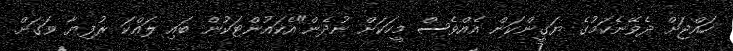
ހައްޖަށް ދެވޭނެކަމުގެ ޔަގީންކަން އެއްވެސް މީހަކަށް ނުދެން"އެކައުންޓަކުން ބައި ލައްކަ ރުފިޔާ ވަގަށް